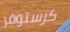
كرستوفر